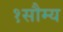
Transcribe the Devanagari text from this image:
१सौम्य